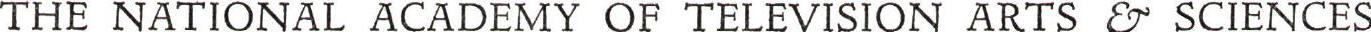
THE NATIONAL ACADEMY OF TELEVISION ARTS & SCIENCES